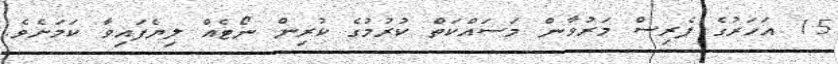
15 އަހަރުގެ ޕެރިސް މަރުވާން މަސައްކަތް ކުރުމުގެ ކުރިން ނޯޓެއް ލިޔެފައިވާ ކަމަށެވެ.